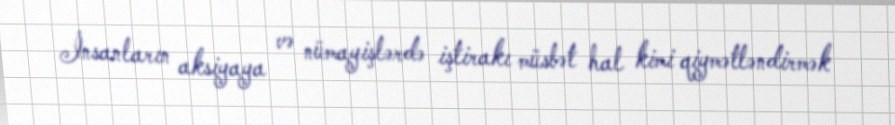
İnsanların aksiyaya və nümayişlərdə iştirakı müsbət hal kimi qiymətləndirmək